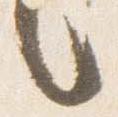
言